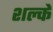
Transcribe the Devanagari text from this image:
शल्कें